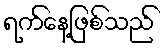
ရက်နေ့ဖြစ်သည်